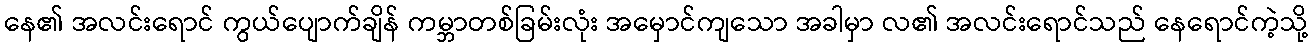
နေ၏ အလင်းရောင် ကွယ်ပျောက်ချိန် ကမ္ဘာတစ်ခြမ်းလုံး အမှောင်ကျသော အခါမှာ လ၏ အလင်းရောင်သည် နေရောင်ကဲ့သို့